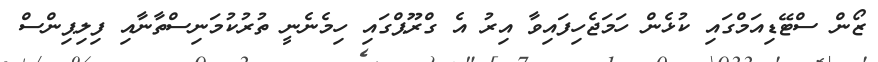
ޒޯން ސްޓޭޑިއަމްގައި ކުޅެން ހަމަޖެހިފައިވާ އިރު އެ ގްރޫޕްގައި ހިމެނެނީ ތުރުކުމަނިސްތާނާއި ފިލިޕިންސް